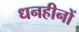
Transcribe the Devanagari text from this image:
धनहीनों